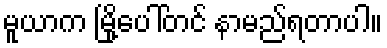
မူယာက မြို့ပေါ်တင် နာမည်ရတာပါ။